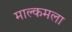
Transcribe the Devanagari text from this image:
माल्कमला